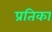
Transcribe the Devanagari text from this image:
प्रतिका